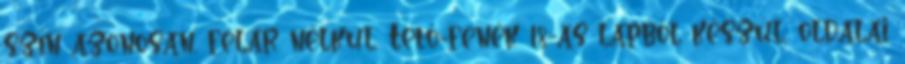
szín azonosan, felár nélkül. Tető-fenék 18-as lapból készül, oldalai